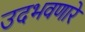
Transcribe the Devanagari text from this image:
उदभवणारे